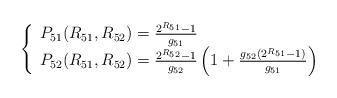
LaTeX: \begin{align*}\left\{\begin{array}{ll}P_{51}(R_{51},R_{52})= \frac{2^{R_{51}}-1}{g_{51}} \\ P_{52}(R_{51},R_{52})= \frac{2^{R_{52}}-1}{g_{52}}\left( 1+ \frac{g_{52}(2^{R_{51}}-1)}{g_{51}}\right) \\\end{array} \right.\end{align*}